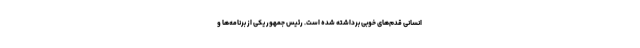
انسانی قدم‌های خوبی برداشته شده است. رئیس جمهور یکی از برنامه‌ها و